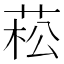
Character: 菘